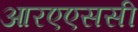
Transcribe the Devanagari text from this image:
आरएएससी